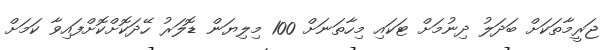
ޖަރީމާތަކަށް ބަދަލު ދިނުމަށް ޓަކައި މިހާތަނަށް 100 މިލިޔަން ޑޮލަރު ހޭދަކޮށްކޮށްފައިވާ ކަމަށް